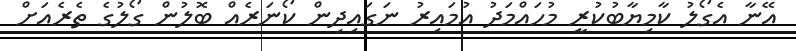
އޭނާ އެގޯލު ކާމިޔާބުކުރީ މުހައްމަދު އުމައިރު ނަގައިދިން ކޯނަރެއް ބޮލުން ގޯލުގެ ތެރެއަށް